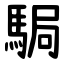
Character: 駶